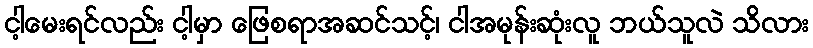
ငါ့မေးရင်လည်း ငါ့မှာ ဖြေစရာအဆင်သင့်၊ ငါအမုန်းဆုံးလူ ဘယ်သူလဲ သိလား